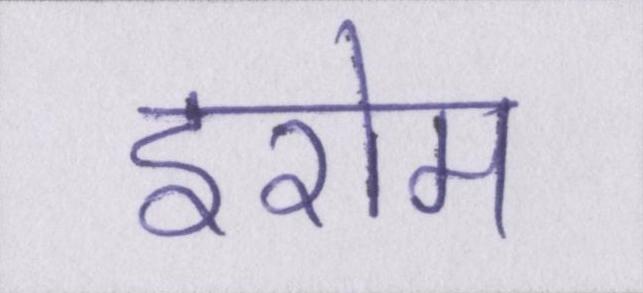
इरोम